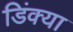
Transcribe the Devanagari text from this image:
डिंक्या